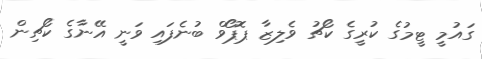
ގައުމީ ޓީމުގެ ކުރީގެ ކޯޗު ވެލިޒާ ޕޮޕޯވް ބުނެފައި ވަނީ އޭނާގެ ކޯޗިން